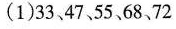
(1)33、47、55、68、72